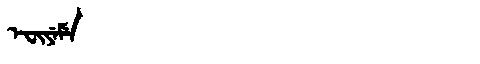
Manchu: ᡝᠸᡳᠶᡝᠮᡝ
Romanization: EFIYEME